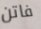
فاتن